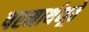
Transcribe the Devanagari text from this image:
परमार्थभूते